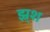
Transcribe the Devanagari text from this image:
झ्र्श